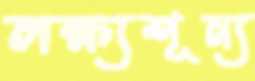
লক্ষ্যশূন্য